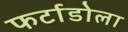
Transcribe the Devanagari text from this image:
फर्टाडोला